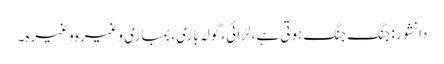
دانشور: جنگ جنگ ہوتی ہے، لڑائی، گولہ باری، بمباری وغیرہ وغیرہ۔